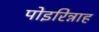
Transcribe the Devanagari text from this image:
पोइरिन्नाह